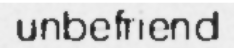
unbefriend